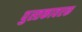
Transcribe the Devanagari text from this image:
पुस्तकावरक